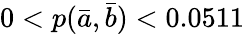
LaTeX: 0<p(\bar{a},\bar{b})<0.0511